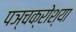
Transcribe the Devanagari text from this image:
पञ्चक्रोश्या